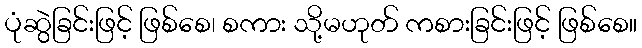
ပုံဆွဲခြင်းဖြင့် ဖြစ်စေ၊ စကား သို့မဟုတ် ကစားခြင်းဖြင့် ဖြစ်စေ။